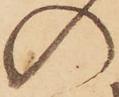
の